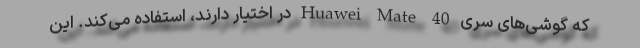
که گوشی‌های سری Huawei Mate 40 در اختیار دارند، استفاده می‌کند. این